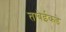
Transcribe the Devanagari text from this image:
ताबेईकडे